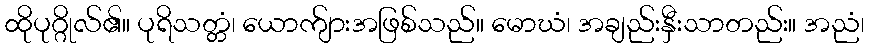
ထိုပုဂ္ဂိုလ်၏။ ပုရိသတ္တံ၊ ယောက်ျားအဖြစ်သည်။ မောဃံ၊ အချည်းနှီးသာတည်း။ အညံ၊